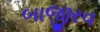
બાજીરવ